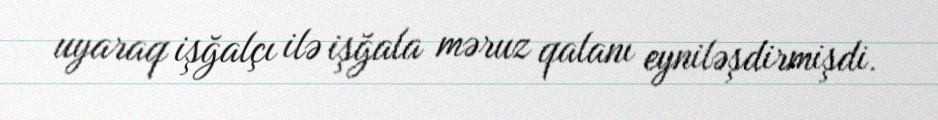
uyaraq işğalçı ilə işğala məruz qalanı eyniləşdirmişdi.